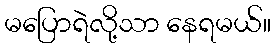
မပြောရဲလို့သာ နေရမယ်။